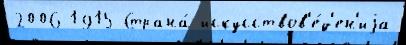
2006 1915 Страна́ искусствов'е́д'ен'иjа